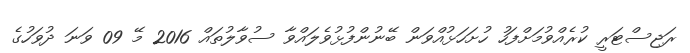
ރަޖިސްޓަރީ ކުރެއްވުމަށްފަހު ހުށަހަޅުއްވަން ބޭނުންފުޅުވެލައްވާ ސުވާލުތައް 2016 މޭ 09 ވަނަ ދުވަހުގެ